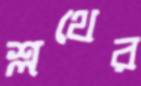
শ্লথের